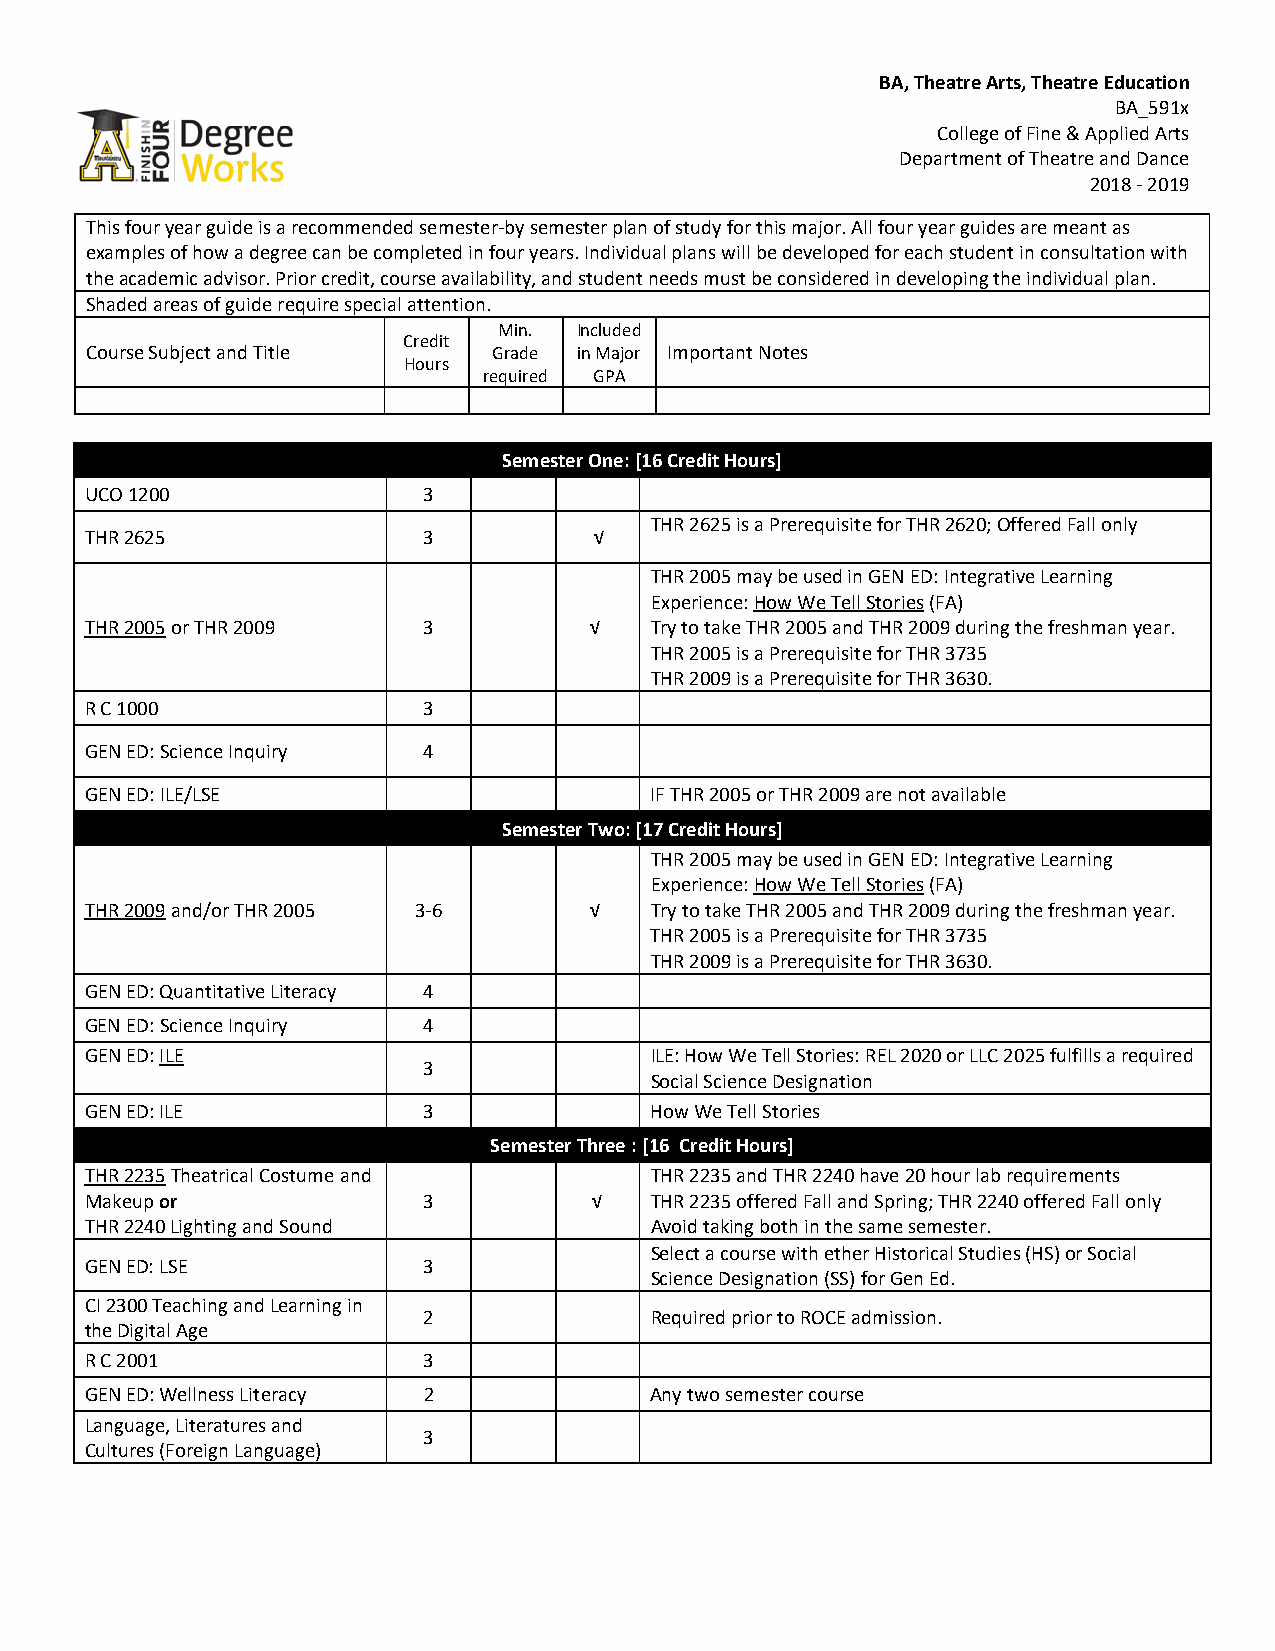
BA, Theatre Arts, Theatre Education
 BA_591x
 College of Fine & Applied Arts
 Department of Theatre and Dance
 2018 - 2019
 This four year guide is a recommended semester-by semester plan of study for this major. All four year guides are meant as
 examples of how a degree can be completed in four years. Individual plans will be developed for each student in consultation with
 the academic advisor. Prior credit, course availability, and student needs must be considered in developing the individual plan.
 Shaded areas of guide require special attention.
 Min. Included
 Credit
 Course Subject and Title   Grade in Major Important Notes
 Hours
 required GPA
 Semester One: [16 Credit Hours]
 UCO 1200              3
 THR 2625 is a Prerequisite for THR 2620; Offered Fall only
 THR 2625              3          √
 THR 2005 may be used in GEN ED: Integrative Learning
 Experience: How We Tell Stories (FA)
 THR 2005 or THR 2009  3          √   Try to take THR 2005 and THR 2009 during the freshman year.
 THR 2005 is a Prerequisite for THR 3735
 THR 2009 is a Prerequisite for THR 3630.
 R C 1000              3
 GEN ED: Science Inquiry 4
 GEN ED: ILE/LSE                      IF THR 2005 or THR 2009 are not available
 Semester Two: [17 Credit Hours]
 THR 2005 may be used in GEN ED: Integrative Learning
 Experience: How We Tell Stories (FA)
 THR 2009 and/or THR 2005 3-6     √   Try to take THR 2005 and THR 2009 during the freshman year.
 THR 2005 is a Prerequisite for THR 3735
 THR 2009 is a Prerequisite for THR 3630.
 GEN ED: Quantitative Literacy 4
 GEN ED: Science Inquiry 4
 GEN ED: ILE                          ILE: How We Tell Stories: REL 2020 or LLC 2025 fulfills a required
 3
 Social Science Designation
 GEN ED: ILE           3              How We Tell Stories
 Semester Three : [16 Credit Hours]
 THR 2235 Theatrical Costume and      THR 2235 and THR 2240 have 20 hour lab requirements
 Makeup or             3          √   THR 2235 offered Fall and Spring; THR 2240 offered Fall only
 THR 2240 Lighting and Sound          Avoid taking both in the same semester.
 Select a course with ether Historical Studies (HS) or Social
 GEN ED: LSE           3
 Science Designation (SS) for Gen Ed.
 CI 2300 Teaching and Learning in
 2              Required prior to ROCE admission.
 the Digital Age
 R C 2001              3
 GEN ED: Wellness Literacy 2          Any two semester course
 Language, Literatures and
 3
 Cultures (Foreign Language)